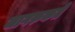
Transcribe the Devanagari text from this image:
जागरुकते